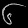
Digit: ၆